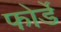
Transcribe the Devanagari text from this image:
फोर्डे